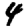
Digit: 4